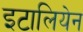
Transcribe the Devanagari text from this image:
इटालियेन